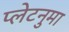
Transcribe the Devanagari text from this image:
प्‍लेटनुमा